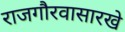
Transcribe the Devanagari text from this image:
राजगौरवासारखे